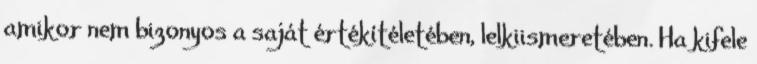
amikor nem bizonyos a saját értékítéletében, lelkiismeretében. Ha kifele